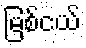
မြစ်ငယ်